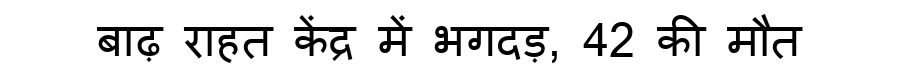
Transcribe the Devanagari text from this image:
बाढ़ राहत केंद्र में भगदड़, 42 की मौत